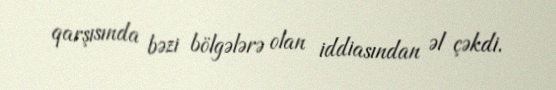
qarşısında bəzi bölgələrə olan iddiasından əl çəkdi.